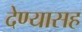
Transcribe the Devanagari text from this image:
देण्‍यासह